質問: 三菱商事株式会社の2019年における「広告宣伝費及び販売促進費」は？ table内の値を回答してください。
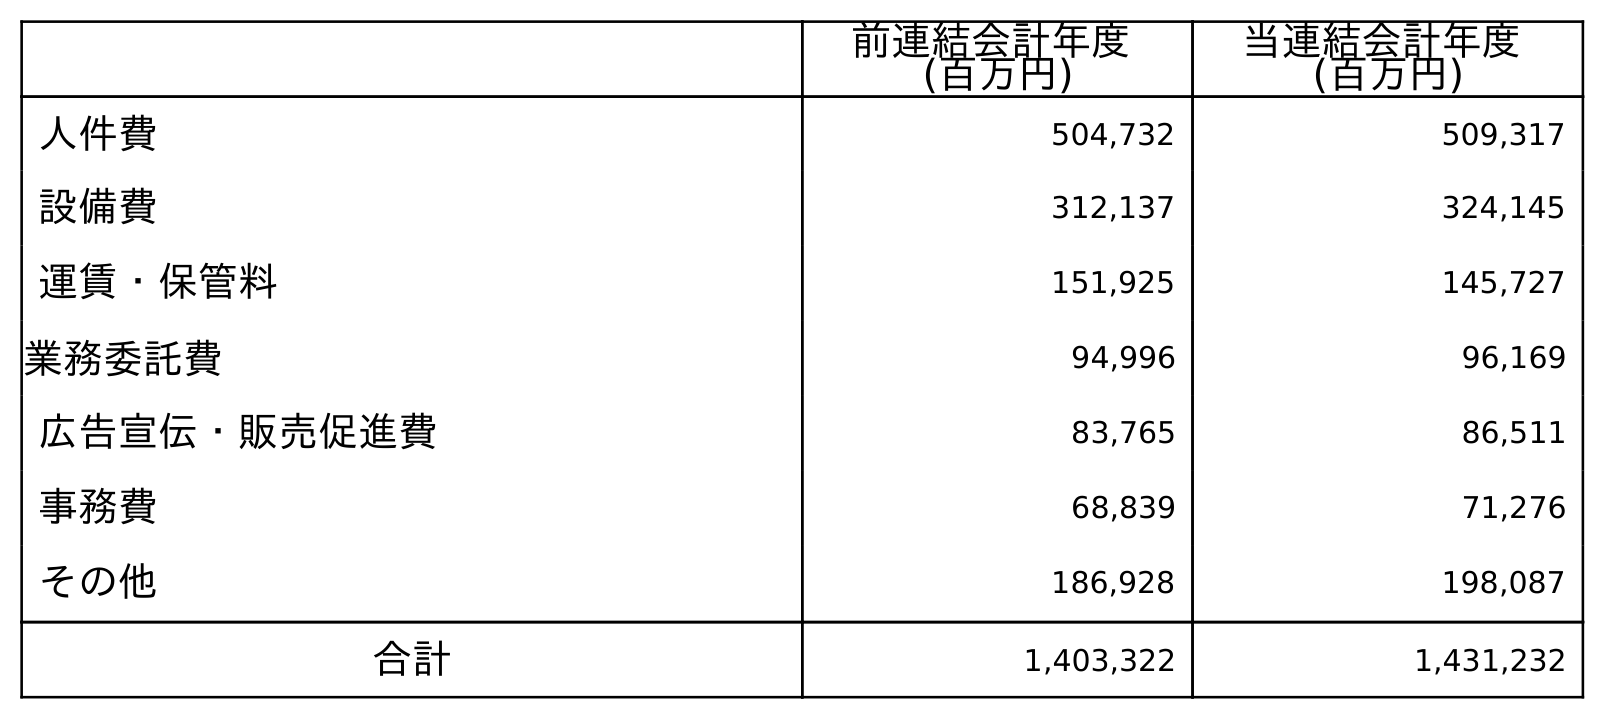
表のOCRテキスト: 前連結会計年度 (百万円) 当連結会計年度 (百万円) 人件費 504,732 509,317 設備費 312,137 324,145 運賃・保管料 151,925 145,727 業務委託費 94,996 96,169 広告宣伝・販売促進費 83,765 86,511 事務費 68,839 71,276 その他 186,928 198,087 合計 1,403,322 1,431,232
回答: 83,765